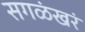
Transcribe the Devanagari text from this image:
सगळंखरं